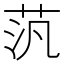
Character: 𫇼